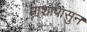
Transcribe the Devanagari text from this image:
माशापासुन